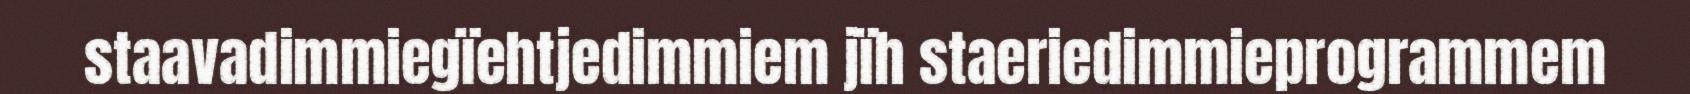
staavadimmiegïehtjedimmiem jïh staeriedimmieprogrammem